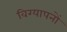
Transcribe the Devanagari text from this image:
विग्यापनों